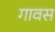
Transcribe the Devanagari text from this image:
गावस